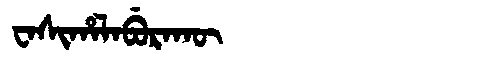
Manchu: ᠸᠠᠰᡳᡥᠠᠯᠠᠪᡠᡵᠠᡴᡡ
Romanization: WASIHALABURAKŪ